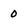
Character: 0